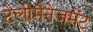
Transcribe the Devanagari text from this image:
टेलीमैनेजमेंट